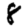
Digit: 8